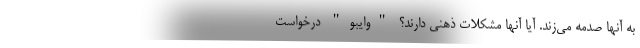
به آنها صدمه می‌زند. آیا آنها مشکلات ذهنی دارند؟ "وایبو" درخواست